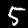
Label: 5